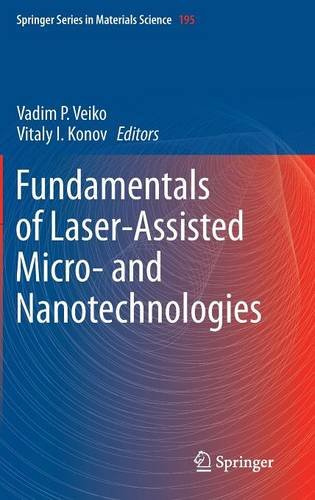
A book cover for Fundamentals of Laser-Assisted Micro- and Nanotechnologies (Springer Series in Materials Science); Science & Math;